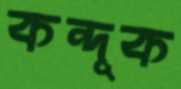
কন্দূক